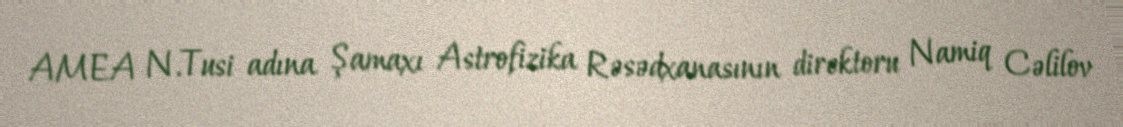
AMEA N.Tusi adına Şamaxı Astrofizika Rəsədxanasının direktoru Namiq Cəlilov